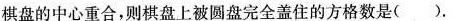
棋盘的中心重合，则棋盘上被圆盘完全盖住的方格数是( ).